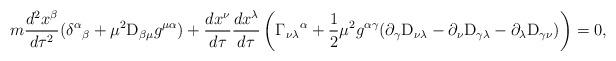
LaTeX: \begin{align*}m { d^2 x^\beta \over d\tau^2}(\delta^\alpha{}_\beta + \mu^2 {\rm D}_{\beta \mu}g^{\mu \alpha})+ {d x^\nu\over d\tau} {d x^\lambda\over d\tau} \left( \Gamma_{\nu \lambda}{}^\alpha + \frac{1}{2 }\mu^2 g^{\alpha \gamma}(\partial_\gamma {\rm D}_{\nu \lambda} -\partial_\nu {\rm D}_{\gamma \lambda} - \partial_\lambda {\rm D}_{\gamma \nu})\right) = 0, \end{align*}